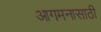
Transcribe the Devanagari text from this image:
आगमनासाठी